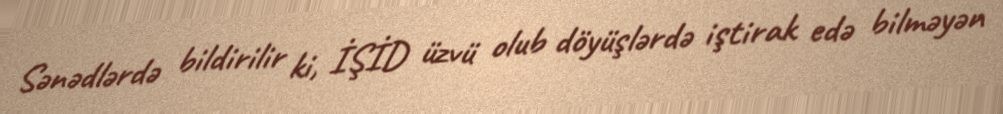
Sənədlərdə bildirilir ki, İŞİD üzvü olub döyüşlərdə iştirak edə bilməyən